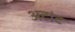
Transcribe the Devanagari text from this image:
अटांट